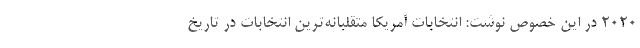
۲۰۲۰ در این خصوص نوشت: انتخابات آمریکا متقلبانه‌ترین انتخابات در تاریخ